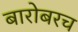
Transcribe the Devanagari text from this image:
बारोबरच